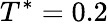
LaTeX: T^{*}=0.2